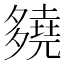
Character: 𡗊